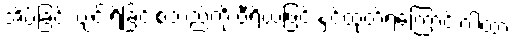
အိပ်ခြင်း ပျင်းရိခြင်းစသည်ကို ဝီရိယဖြင့် နှင်ထုတ်ရကြောင်းဂါထာ